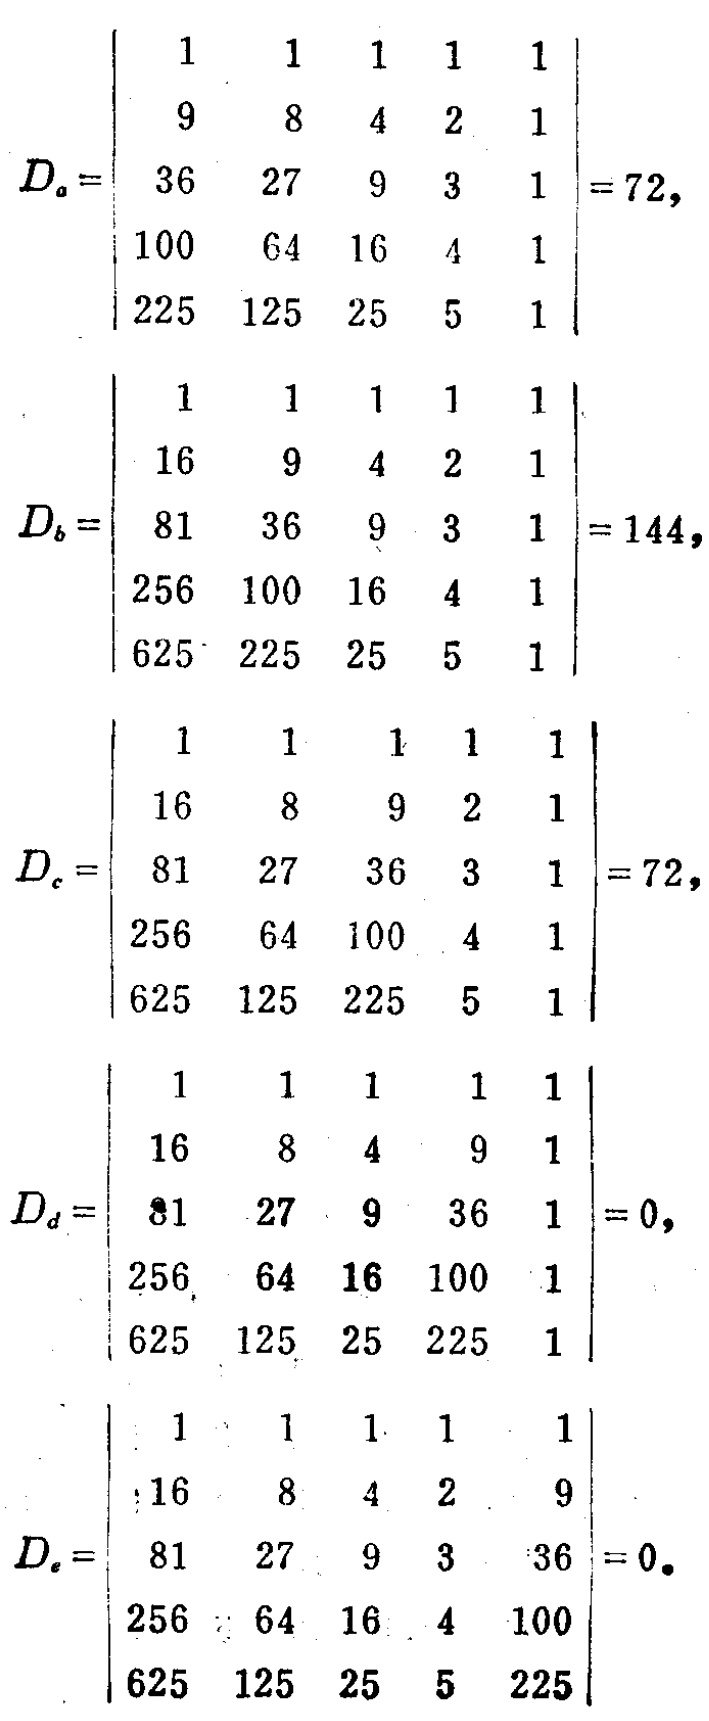
\[
D_a =
\begin{vmatrix}
1 & 1 & 1 & 1 & 1 \\
9 & 8 & 4 & 2 & 1 \\
36 & 27 & 9 & 3 & 1 \\
100 & 64 & 16 & 4 & 1 \\
225 & 125 & 25 & 5 & 1
\end{vmatrix}
= 72,
\]
\[
D_b =
\begin{vmatrix}
1 & 1 & 1 & 1 & 1 \\
16 & 9 & 4 & 2 & 1 \\
81 & 36 & 9 & 3 & 1 \\
256 & 100 & 16 & 4 & 1 \\
625 & 225 & 25 & 5 & 1
\end{vmatrix}
= 144,
\]
\[
D_c =
\begin{vmatrix}
1 & 1 & 1 & 1 & 1 \\
16 & 8 & 9 & 2 & 1 \\
81 & 27 & 36 & 3 & 1 \\
256 & 64 & 100 & 4 & 1 \\
625 & 125 & 225 & 5 & 1
\end{vmatrix}
= 72,
\]
\[
D_d =
\begin{vmatrix}
1 & 1 & 1 & 1 & 1 \\
16 & 8 & 4 & 9 & 1 \\
81 & 27 & 9 & 36 & 1 \\
256 & 64 & 16 & 100 & 1 \\
625 & 125 & 25 & 225 & 1
\end{vmatrix}
= 0,
\]
\[
D_e =
\begin{vmatrix}
1 & 1 & 1 & 1 & 1 \\
16 & 8 & 4 & 2 & 9 \\
81 & 27 & 9 & 3 & 36 \\
256 & 64 & 16 & 4 & 100 \\
625 & 125 & 25 & 5 & 225
\end{vmatrix}
= 0.
\]